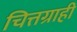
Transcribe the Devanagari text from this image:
चित्तग्राही